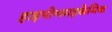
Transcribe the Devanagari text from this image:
हाइपोग्लाइकेमिक